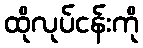
ထိုလုပ်ငန်းကို